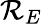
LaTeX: \mathcal{R}_{E}